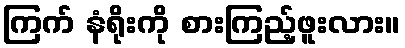
ကြက် နံရိုးကို စားကြည့်ဖူးလား။